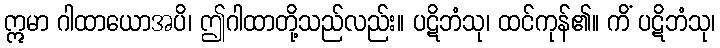
ဣမာ ဂါထာယောအပိ၊ ဤဂါထာတို့သည်လည်း။ ပဋိဘံသု၊ ထင်ကုန်၏။ ကိံ ပဋိဘံသု၊